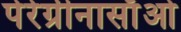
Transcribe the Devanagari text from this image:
पेरेग्रीनासाँओ